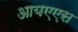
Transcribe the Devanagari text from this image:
आयएएस